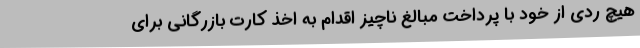
هیچ ردی از خود با پرداخت مبالغ ناچیز اقدام به اخذ کارت بازرگانی برای